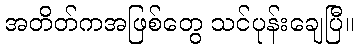
အတိတ်ကအဖြစ်တွေ သင်ပုန်းချေပြီ။